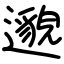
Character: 邈